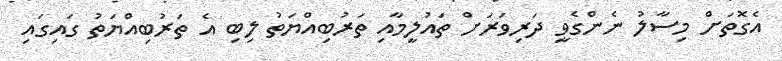
އެގޮތަށް މިސާލު ނެންގެވީ ދަރިވަރަށް ތައުލީމާއި ތަރުބިއްޔަތު ލިބި އެ ތަރުބިއްޔަތު ގައިގައި